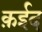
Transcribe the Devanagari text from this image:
क़ईद